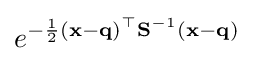
e^{-{\frac {1}{2}}\left(\mathbf {x} -\mathbf {q} \right)^{\top }\mathbf {S} ^{-1}\left(\mathbf {x} -\mathbf {q} \right)}